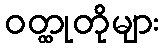
ဝတ္ထုတိုများ